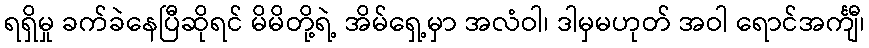
ရရှိမှု ခက်ခဲနေပြီဆိုရင် မိမိတို့ရဲ့ အိမ်ရှေ့မှာ အလံဝါ၊ ဒါမှမဟုတ် အဝါ ရောင်အင်္ကျီ၊